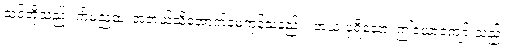
သင်တို့သည်။ ကိံမညထ၊ အဘယ်သို့အောက်မေ့ကုန်သနည်း။ အယံ ပုရိသော၊ ဤယောကျော်းသည်။